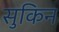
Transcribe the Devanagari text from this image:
सुकिन